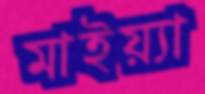
মাইয়্যা